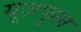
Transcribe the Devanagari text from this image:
यूज़फुल